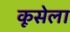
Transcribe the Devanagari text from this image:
कूसेला